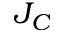
J _ { C }